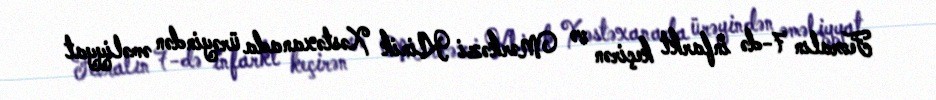
Fevralın 7-də infarkt keçirən və Mərkəzi Klinik Xəstəxanada ürəyindən əməliyyat